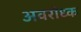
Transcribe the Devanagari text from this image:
अवरोध्क